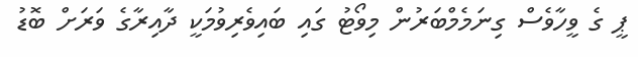
ޕީ ގެ ވީހާވެސް ގިނަމެމްބަރުން މިވޯޓު ގައި ބައިވެރިވުމަކީ ދާއިރާގެ ވަރަށް ބޮޑު